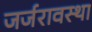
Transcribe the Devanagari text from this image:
जर्जरावस्था